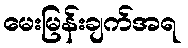
မေးမြန်းချက်အရ